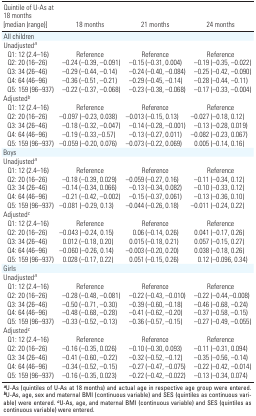
<table><thead><tr><td><b>Quintile of U-As at 18 months [median (range)]</b></td><td><b>18 months</b></td><td><b>21 months</b></td><td><b>24 months</b></td></tr></thead><tbody><tr><td>All children</td><td></td><td></td><td></td></tr><tr><td>Unadjusteda</td><td></td><td></td><td></td></tr><tr><td>Q1: 12 (2.4–16)</td><td>Reference</td><td>Reference</td><td>Reference</td></tr><tr><td>Q2: 20 (16–26)</td><td>–0.24 (–0.39, –0.091)</td><td>–0.15 (–0.31, 0.004)</td><td>–0.19 (–0.35, –0.022)</td></tr><tr><td>Q3: 34 (26–46)</td><td>–0.29 (–0.44, –0.14)</td><td>–0.24 (–0.40, –0.084)</td><td>–0.25 (–0.42, –0.090)</td></tr><tr><td>Q4: 64 (46–96) </td><td>–0.36 (–0.51, –0.21)</td><td>–0.29 (–0.45, –0.14)</td><td>–0.28 (–0.44, –0.11)</td></tr><tr><td>Q5: 159 (96–937) </td><td>–0.22 (–0.37, –0.068)</td><td>–0.23 (–0.38, –0.068)</td><td>–0.17 (–0.33, –0.004)</td></tr><tr><td>Adjustedb</td><td></td><td></td><td></td></tr><tr><td>Q1: 12 (2.4–16)</td><td>Reference</td><td>Reference</td><td>Reference</td></tr><tr><td>Q2: 20 (16–26)</td><td>–0.097 (–0.23, 0.038)</td><td>–0.013 (–0.15, 0.13)</td><td>–0.027 (–0.18, 0.12)</td></tr><tr><td>Q3: 34 (26–46)</td><td>–0.18 (–0.32, –0.047)</td><td>–0.14 (–0.28, –0.001)</td><td>–0.13 (–0.28, 0.019)</td></tr><tr><td>Q4: 64 (46–96) </td><td>–0.19 (–0.33,–0.57)</td><td>–0.13 (–0.27, 0.011)</td><td>–0.082 (–0.23, 0.067)</td></tr><tr><td>Q5: 159 (96–937) </td><td>–0.059 (–0.20, 0.076)</td><td>–0.073 (–0.22, 0.069)</td><td>0.005 (–0.14, 0.16)</td></tr><tr><td>Boys</td><td></td><td></td><td></td></tr><tr><td>Unadjusteda</td><td></td><td></td><td></td></tr><tr><td>Q1: 12 (2.4–16)</td><td>Reference</td><td>Reference</td><td>Reference</td></tr><tr><td>Q2: 20 (16–26)</td><td>–0.18 (–0.39, 0.029)</td><td>–0.059 (–0.27, 0.16)</td><td>–0.11 (–0.34, 0.12)</td></tr><tr><td>Q3: 34 (26–46)</td><td>–0.14 (–0.34, 0.066)</td><td>–0.13 (–0.34, 0.082)</td><td>–0.10 (–0.33, 0.12)</td></tr><tr><td>Q4: 64 (46–96) </td><td>–0.21 (–0.42, –0.002)</td><td>–0.15 (–0.37, 0.061)</td><td>–0.13 (–0.36, 0.10)</td></tr><tr><td>Q5: 159 (96–937) </td><td>–0.081 (–0.29, 0.13)</td><td>–0.044 (–0.26, 0.18)</td><td>–0.011 (–0.24, 0.22)</td></tr><tr><td>Adjustedc</td><td></td><td></td><td></td></tr><tr><td>Q1: 12 (2.4–16)</td><td>Reference</td><td>Reference</td><td>Reference</td></tr><tr><td>Q2: 20 (16–26)</td><td>–0.043 (–0.24, 0.15)</td><td>0.06 (–0.14, 0.26)</td><td>0.041 (–0.17, 0.26)</td></tr><tr><td>Q3: 34 (26–46)</td><td>0.012 (–0.18, 0.20)</td><td>0.015 (–0.18, 0.21)</td><td>0.057 (–0.15, 0.27)</td></tr><tr><td>Q4: 64 (46–96) </td><td>–0.060 (–0.26, 0.14)</td><td>–0.003 (–0.20, 0.20)</td><td>0.038 (–0.18, 0.26)</td></tr><tr><td>Q5: 159 (96–937) </td><td>0.028 (–0.17, 0.22)</td><td>0.051 (–0.15, 0.26)</td><td>0.12 (–0.096, 0.34)</td></tr><tr><td>Girls</td><td></td><td></td><td></td></tr><tr><td>Unadjusteda</td><td></td><td></td><td></td></tr><tr><td>Q1: 12 (2.4–16)</td><td>Reference</td><td>Reference</td><td>Reference</td></tr><tr><td>Q2: 20 (16–26)</td><td>–0.28 (–0.48, –0.081)</td><td>–0.22 (–0.43, –0.010)</td><td>–0.22 (–0.44,–0.008)</td></tr><tr><td>Q3: 34 (26–46)</td><td>–0.50 (–0.71, –0.30)</td><td>–0.39 (–0.60, –0.18)</td><td>–0.46 (–0.68, –0.24)</td></tr><tr><td>Q4: 64 (46–96) </td><td>–0.48 (–0.68, –0.28)</td><td>–0.41 (–0.62, –0.20)</td><td>–0.37 (–0.58, –0.15)</td></tr><tr><td>Q5: 159 (96–937) </td><td>–0.33 (–0.52, –0.13)</td><td>–0.36 (–0.57, –0.15)</td><td>–0.27 (–0.49, –0.055)</td></tr><tr><td>Adjustedc</td><td></td><td></td><td></td></tr><tr><td>Q1: 12 (2.4–16)</td><td>Reference</td><td>Reference</td><td>Reference</td></tr><tr><td>Q2: 20 (16–26)</td><td>–0.16 (–0.35, 0.026)</td><td>–0.10 (–0.30, 0.093)</td><td>–0.11 (–0.31, 0.094)</td></tr><tr><td>Q3: 34 (26–46)</td><td>–0.41 (–0.60, –0.22)</td><td>–0.32 (–0.52, –0.12)</td><td>–0.35 (–0.56, –0.14)</td></tr><tr><td>Q4: 64 (46–96) </td><td>–0.34 (–0.52, –0.15)</td><td>–0.27 (–0.47, –0.075)</td><td>–0.22 (–0.42, –0.014)</td></tr><tr><td>Q5: 159 (96–937) </td><td>–0.16 (–0.35, 0.023)</td><td>–0.22 (–0.42, –0.022)</td><td>–0.13 (–0.34, 0.074)</td></tr><tr><td colspan="4">aU-As (quintiles of U-As at 18 months) and actual age inrespective age group were entered. bU-As, age, sex and maternal BMI(continuous variable) and SES (quintiles as continuous variable) wereentered. cU-As, age, and maternal BMI (continuous variable) and SES(quintiles as continuous variable) were entered.</td></tr></tbody></table>